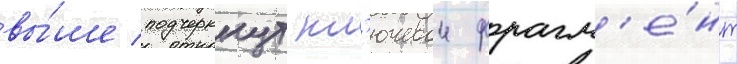
вы́ше подчеркнут кл'ючевои фрагм'е́нт